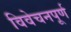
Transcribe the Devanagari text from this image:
विवेचनपूर्ण